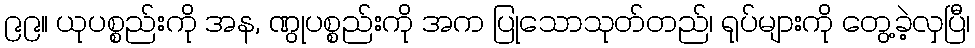
၉၉။ ယုပစ္စည်းကို အန, ဏွုပစ္စည်းကို အက ပြုသောသုတ်တည်၊ ရုပ်များကို တွေ့ခဲ့လှပြီ၊